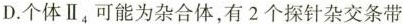
D.个体Ⅱ_{4}可能为杂合体，有2个探针杂交条带